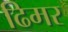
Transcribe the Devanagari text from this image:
ढिमर